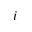
i